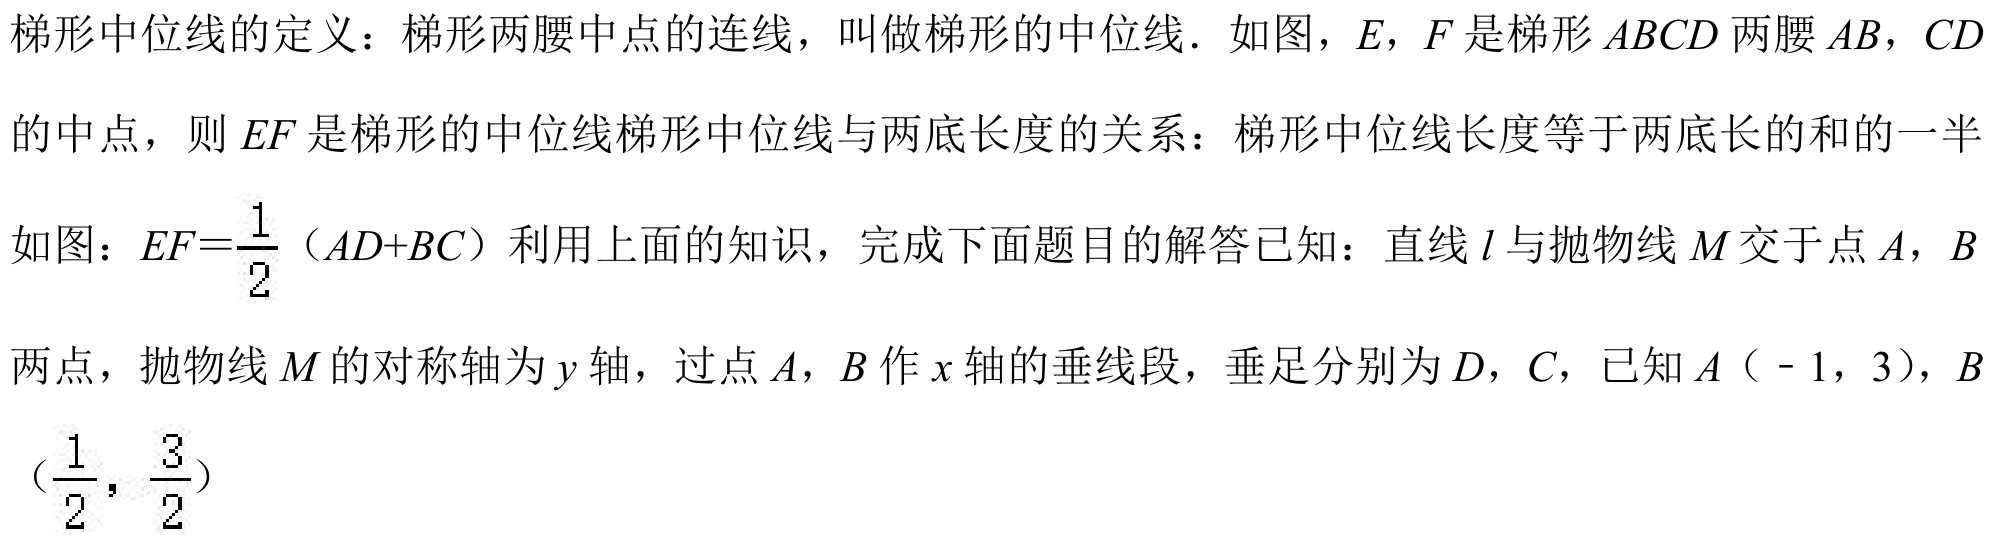
梯形中位线的定义：梯形两腰中点的连线，叫做梯形的中位线．如图，\(E\)，\(F\)是梯形\(ABCD\)两腰\(AB\)，\(CD\)的中点，则 \(EF\)是梯形的中位线梯形中位线与两底长度的关系：梯形中位线长度等于两底长的和的一半
如图：\(EF = \frac{1}{2}(AD + BC)\)利用上面的知识，完成下面题目的解答已知：直线\(l\)与抛物线\(M\)交于点\(A\)，\(B\)两点，抛物线\(M\)的对称轴为\(y\)轴，过点\(A\)，\(B\)作\(x\)轴的垂线段，垂足分别为\(D\)，\(C\)，已知\(A(-1,3)\)，\(B(\frac{1}{2},\frac{3}{2})\)